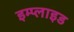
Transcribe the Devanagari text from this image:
इम्प्‍लाइड